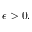
\epsilon > 0 .